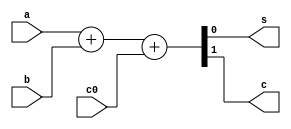
module vFullAdd(
	input a,
	input b,
	input c0,
	output s,
	output c
	);
	
	assign {c,s} = a + b + c0;
	
endmodule